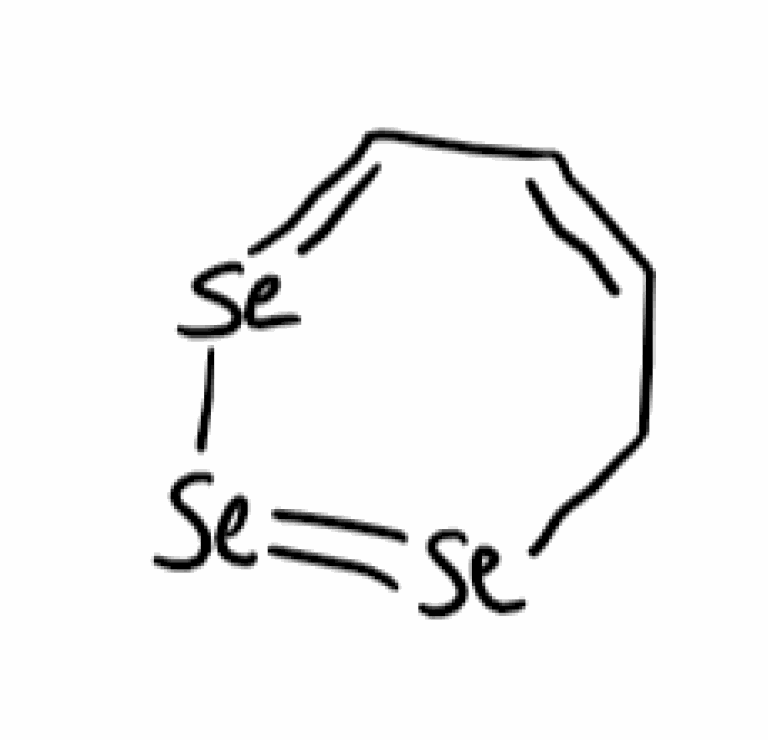
Simplified molecular-input line-entry system (SMILES) notation of the given molecule:
C1C=CC=[Se][Se]=[Se]1